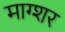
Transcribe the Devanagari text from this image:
माग्शर